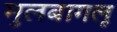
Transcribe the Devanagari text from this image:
मुलबागलू